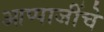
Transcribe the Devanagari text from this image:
आप्पाजींचे